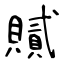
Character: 𧸐